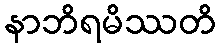
နာဘိရမိဿတိ